Civil Veterinary Dept. Bombay admin report 1923-31 - 1923-1931
Year: 1923
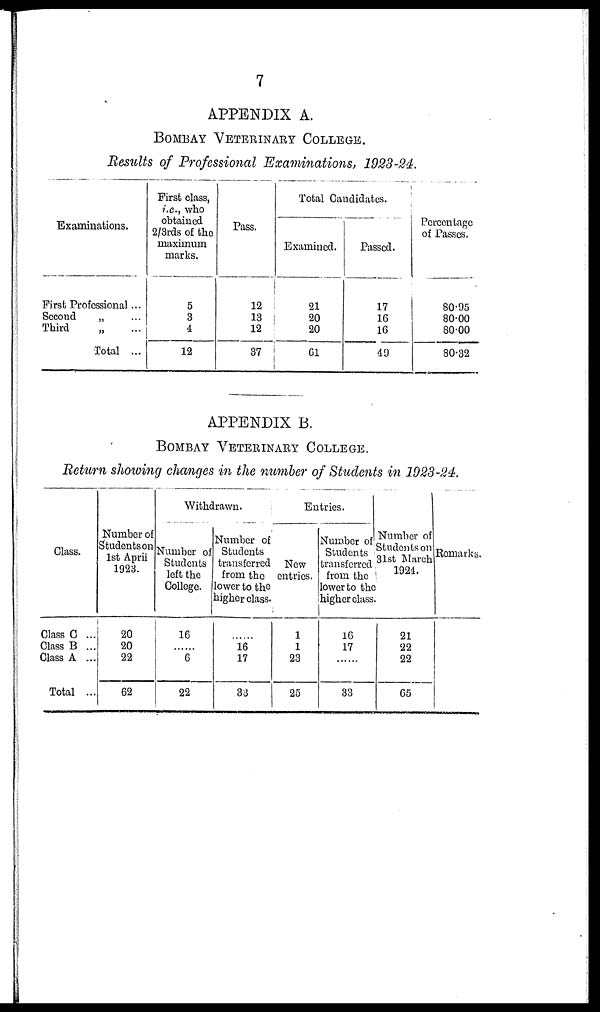
7
APPENDIX A.
BOMBAY VETERINARY COLLEGE..
Results of Professional Examinations, 1923-24.
Examinations.
First Professional ...
Second
„ ...
Third
„ ...
Total ...
First class,
i.e., who
obtained
2/3rds of the
maximum
marks.
5
3
4
12
Pass.
12
13
12
37
Total Candidates.
Examined.
21
20
20
61
Passed.
17
16
16
49
Percentage
of Passes.
80.95
80.00
80.00
80.32
APPENDIX B.
BOMBAY VETERINARY COLLEGE..
Return showing changes in the number of Students in 1923-24.
Class.
Class C ...
Class B ...
Class A ...
Total ...
Number of
Students on
1st April
1923.
20
20
22
62
Withdrawn.
Number of
Students
left the
College.
16
......
6
22
Number of
Students
transferred
from the
lower to the
higher class.
......
16
17
33
Entries.
New
entries.
1
1
23
25
Number of
Students
transferred
from the
lower to the
higher class
16
17
......
33
Number of
Students on
31st March
1924.
21
22
22
65
Remarks.